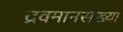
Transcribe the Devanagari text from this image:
द्रवमानसंख्या